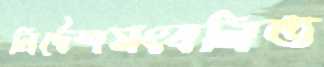
নির্দেশসংবলিত